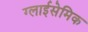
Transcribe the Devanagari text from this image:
ग्लाईसेमिक